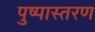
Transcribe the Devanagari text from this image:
पुष्पास्तरण